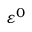
\varepsilon ^ { 0 }